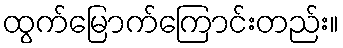
ထွက်မြောက်ကြောင်းတည်း။